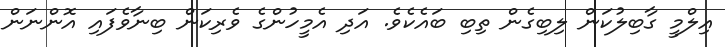
އިލްމީ ގާބިލުކަން ލިބިގެން ތިބި ބައެކެވެ. އަދި އެމީހުންގެ ވެރިކަން ބިނާވެފައި އޮންނަން